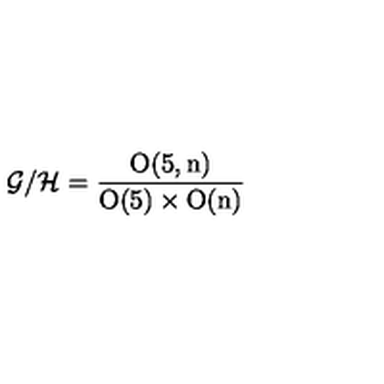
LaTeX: { \cal G } / { \cal H } = \frac { \mathrm { O ( 5 , n ) } } { \mathrm { O ( 5 ) } \times \mathrm { O ( n ) } }